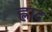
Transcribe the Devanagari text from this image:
ह्लाद